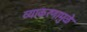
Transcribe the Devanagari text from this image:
व्याकरणामुळे